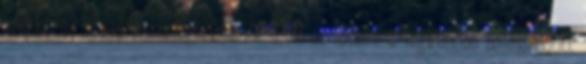
mérkőzés rövid összefoglalója. Kezdjük az időben a legkésőbb befejeződött